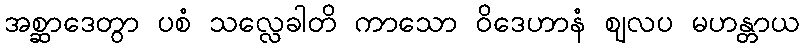
အစ္ဆာဒေတွာ ပစံ သလ္လေခါတိ ကာသော ဝိဒေဟာနံ ဈလပ မဟန္တာယ